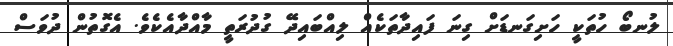
ލުނބޯ ހުތަކީ ހަށިގަނޑަށް ގިނަ ފައިދާތަކެއް ލިއްބައިދޭ ގުދުރަތީ މާއްދާއެކެވެ. އެގޮތުން ދުވަސް